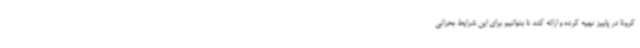
کرونا در پاییز تهیه کرده و ارائه کند تا بتوانیم برای این شرایط بحرانی